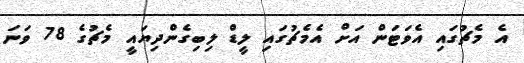
އެ މެޗުގައި އެވަޓަން އަށް އެމެޗުގައި ލީޑް ލިބިގެންދިޔައީ މެޗުގެ 78 ވަނަ